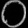
Digit: ၀